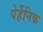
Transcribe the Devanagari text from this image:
पेर्हेनिक